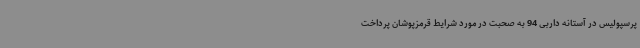
پرسپولیس در آستانه داربی 94 به صحبت در مورد شرایط قرمزپوشان پرداخت